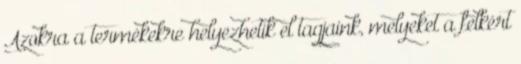
Azokra a termékekre helyezhetik el tagjaink, melyeket a felkért